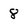
Character: 8